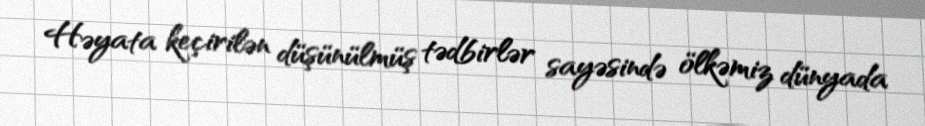
Həyata keçirilən düşünülmüş tədbirlər sayəsində ölkəmiz dünyada